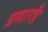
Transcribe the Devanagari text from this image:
प्रसारहै